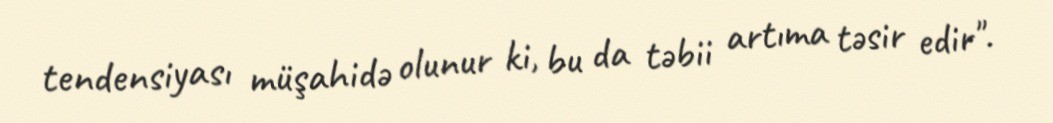
tendensiyası müşahidə olunur ki, bu da təbii artıma təsir edir".